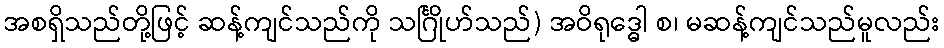
အစရှိသည်တို့ဖြင့် ဆန့်ကျင်သည်ကို သင်္ဂြိုဟ်သည်) အဝိရုဒ္ဓေါ စ၊ မဆန့်ကျင်သည်မူလည်း